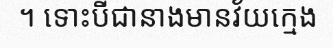
។ ទោះបីជានាងមានវ័យក្មេង